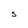
Character: S